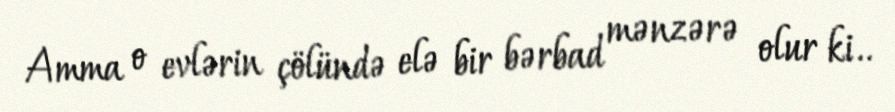
Amma o evlərin çölündə elə bir bərbad mənzərə olur ki..